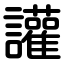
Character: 讙